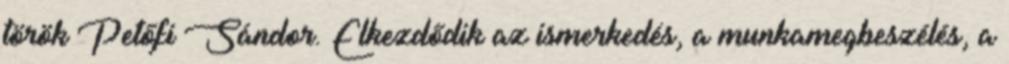
török Petőfi Sándor. Elkezdődik az ismerkedés, a munkamegbeszélés, a